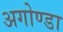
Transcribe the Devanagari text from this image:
अगोण्डा